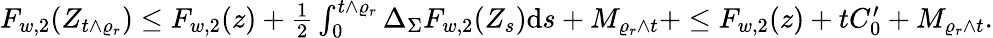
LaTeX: \begin{array}{r}{F_{w,2}(Z_{t\wedge\varrho_{r}})\leq F_{w,2}(z)+\frac{1}{2}\int_{0}^{t\wedge\varrho_{r}}\Delta_{\Sigma}F_{w,2}(Z_{s}){\mathrm d}s+M_{\varrho_{r}\wedge t}+\leq F_{w,2}(z)+tC_{0}^{\prime}+M_{\varrho_{r}\wedge t}.}\end{array}